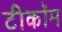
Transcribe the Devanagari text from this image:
टीकॉम